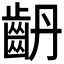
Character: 𪗤